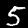
Digit: 5